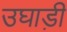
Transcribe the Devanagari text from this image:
उघाड़ी